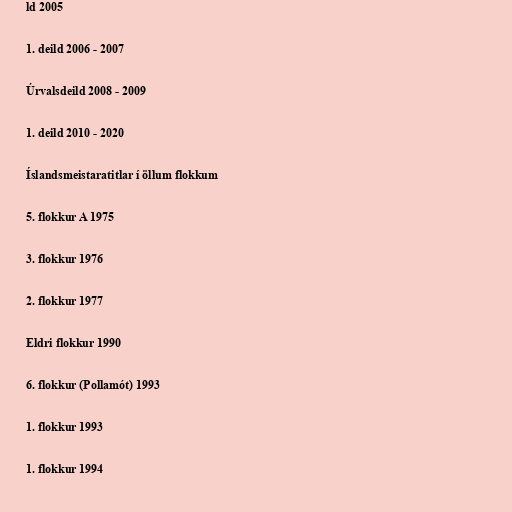
ld 2005

1. deild 2006 - 2007

Úrvalsdeild 2008 - 2009

1. deild 2010 - 2020

Íslandsmeistaratitlar í öllum flokkum

5. flokkur A 1975

3. flokkur 1976

2. flokkur 1977

Eldri flokkur 1990

6. flokkur (Pollamót) 1993

1. flokkur 1993

1. flokkur 1994